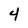
Character: 4